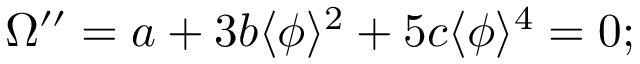
\Omega ^ { \prime \prime } = a + 3 b \langle \phi \rangle ^ { 2 } + 5 c \langle \phi \rangle ^ { 4 } = 0 ;